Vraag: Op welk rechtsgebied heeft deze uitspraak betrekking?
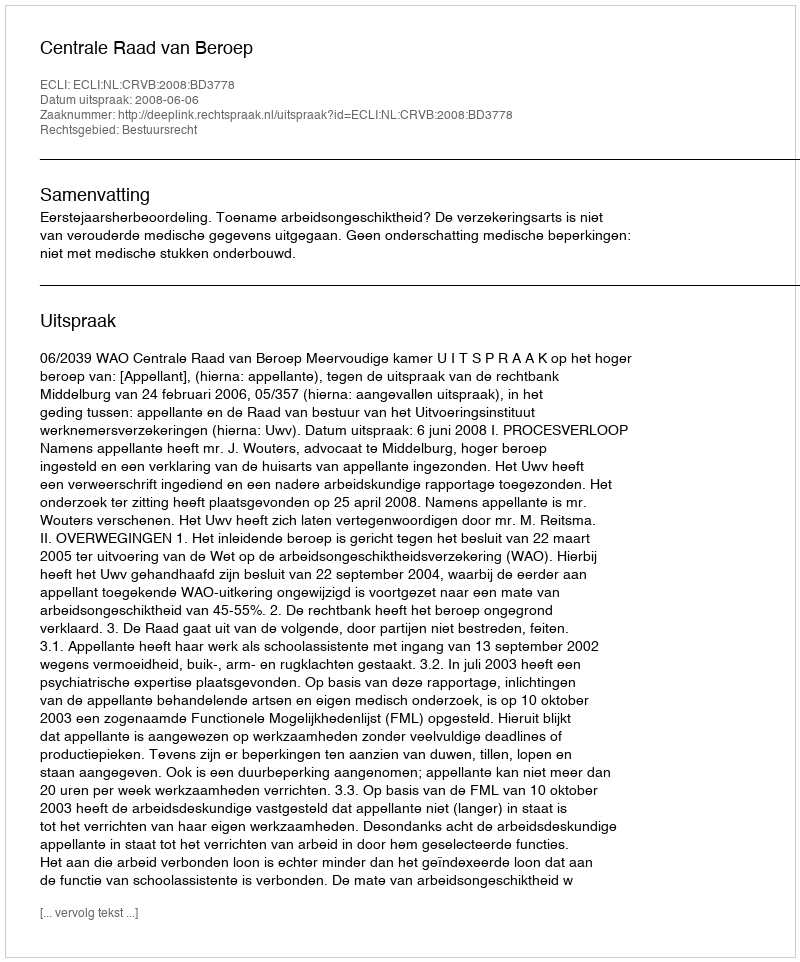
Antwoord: Bestuursrecht